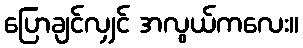
ပြောချင်လျှင် အလွယ်ကလေး။